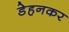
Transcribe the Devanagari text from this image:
डेहनकर